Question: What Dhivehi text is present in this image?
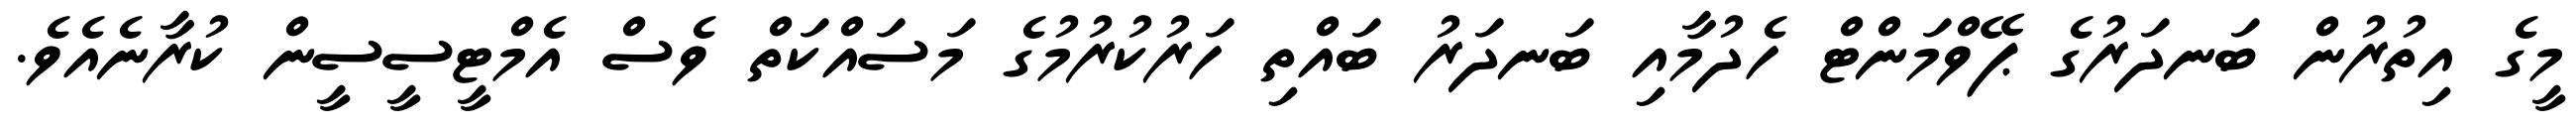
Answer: މީގެ އިތުރުން ބަނދަރުގެ ޕޭވްމަންޓް ހެދުމާއި ބަނދަރު ބައްތި ހަރުކުރުމުގެ މަސައްކަތް ވެސް އެމްޓީސީސީން ކުރާނެއެވެ.